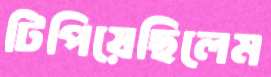
টিপিয়েছিলেম